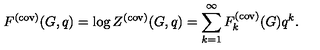
F ^ { ( \mathrm { c o v ) } } ( G , q ) = \log Z ^ { ( \mathrm { c o v ) } } ( G , q ) = \sum _ { k = 1 } ^ { \infty } F _ { k } ^ { ( \mathrm { c o v ) } } ( G ) q ^ { k } .